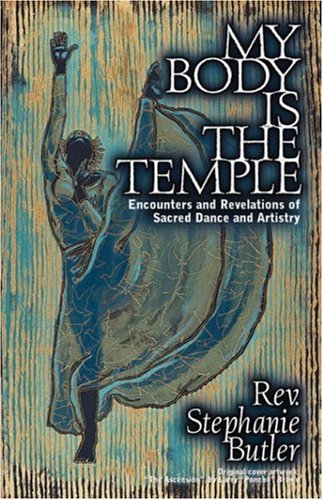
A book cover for My Body Is The Temple; Stephanie Butler; Literature & Fiction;